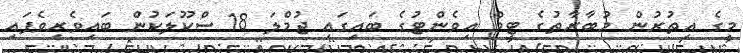
މީގެ އިތުރުން މުބާރާތުގެ ޓީމް އިވެންޓުގެ ބައިގައި ޖުމްލަ 18 ސްކޫލަކުން ބައިވެރިވެފައި